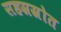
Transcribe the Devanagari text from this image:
सहस्रस्रोत